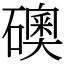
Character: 礇